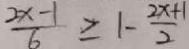
\frac { 2 x - 1 } { 6 } \geq 1 - \frac { 2 x + 1 } { 2 }